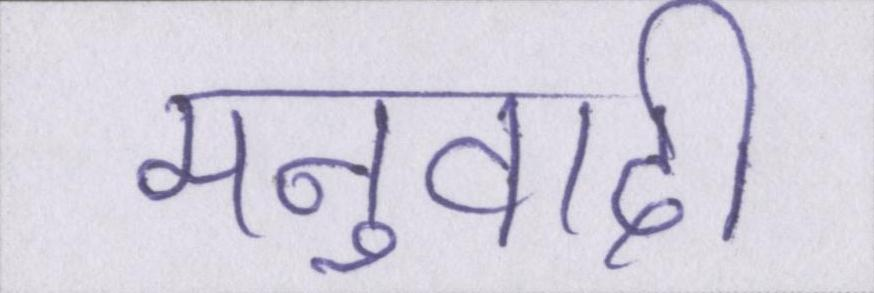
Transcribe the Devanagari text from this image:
मनुवादी